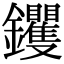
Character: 钁